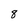
Character: 8